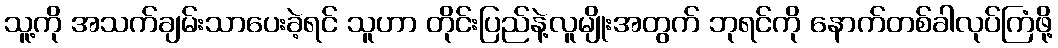
သူ့ကို အသက်ချမ်းသာပေးခဲ့ရင် သူဟာ တိုင်းပြည်နဲ့လူမျိုးအတွက် ဘုရင်ကို နောက်တစ်ခါလုပ်ကြံဖို့